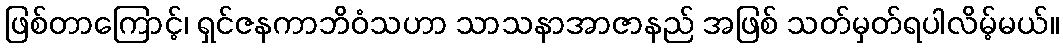
ဖြစ်တာကြောင့်၊ ရှင်ဇနကာဘိဝံသဟာ သာသနာအာဇာနည် အဖြစ် သတ်မှတ်ရပါလိမ့်မယ်။